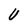
Character: U